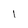
Character: l